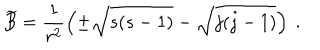
\widetilde { B } = \frac { 1 } { r ^ { 2 } } \left( \pm \sqrt { s ( s - 1 ) } - \sqrt { j ( j - 1 ) } \right) ~ .